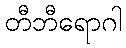
တီဘီရောဂါ